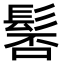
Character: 𩭍